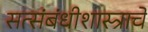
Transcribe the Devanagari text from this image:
सत्संबंधीशास्त्राचे